Eesti_Rahvusfond, lk 30
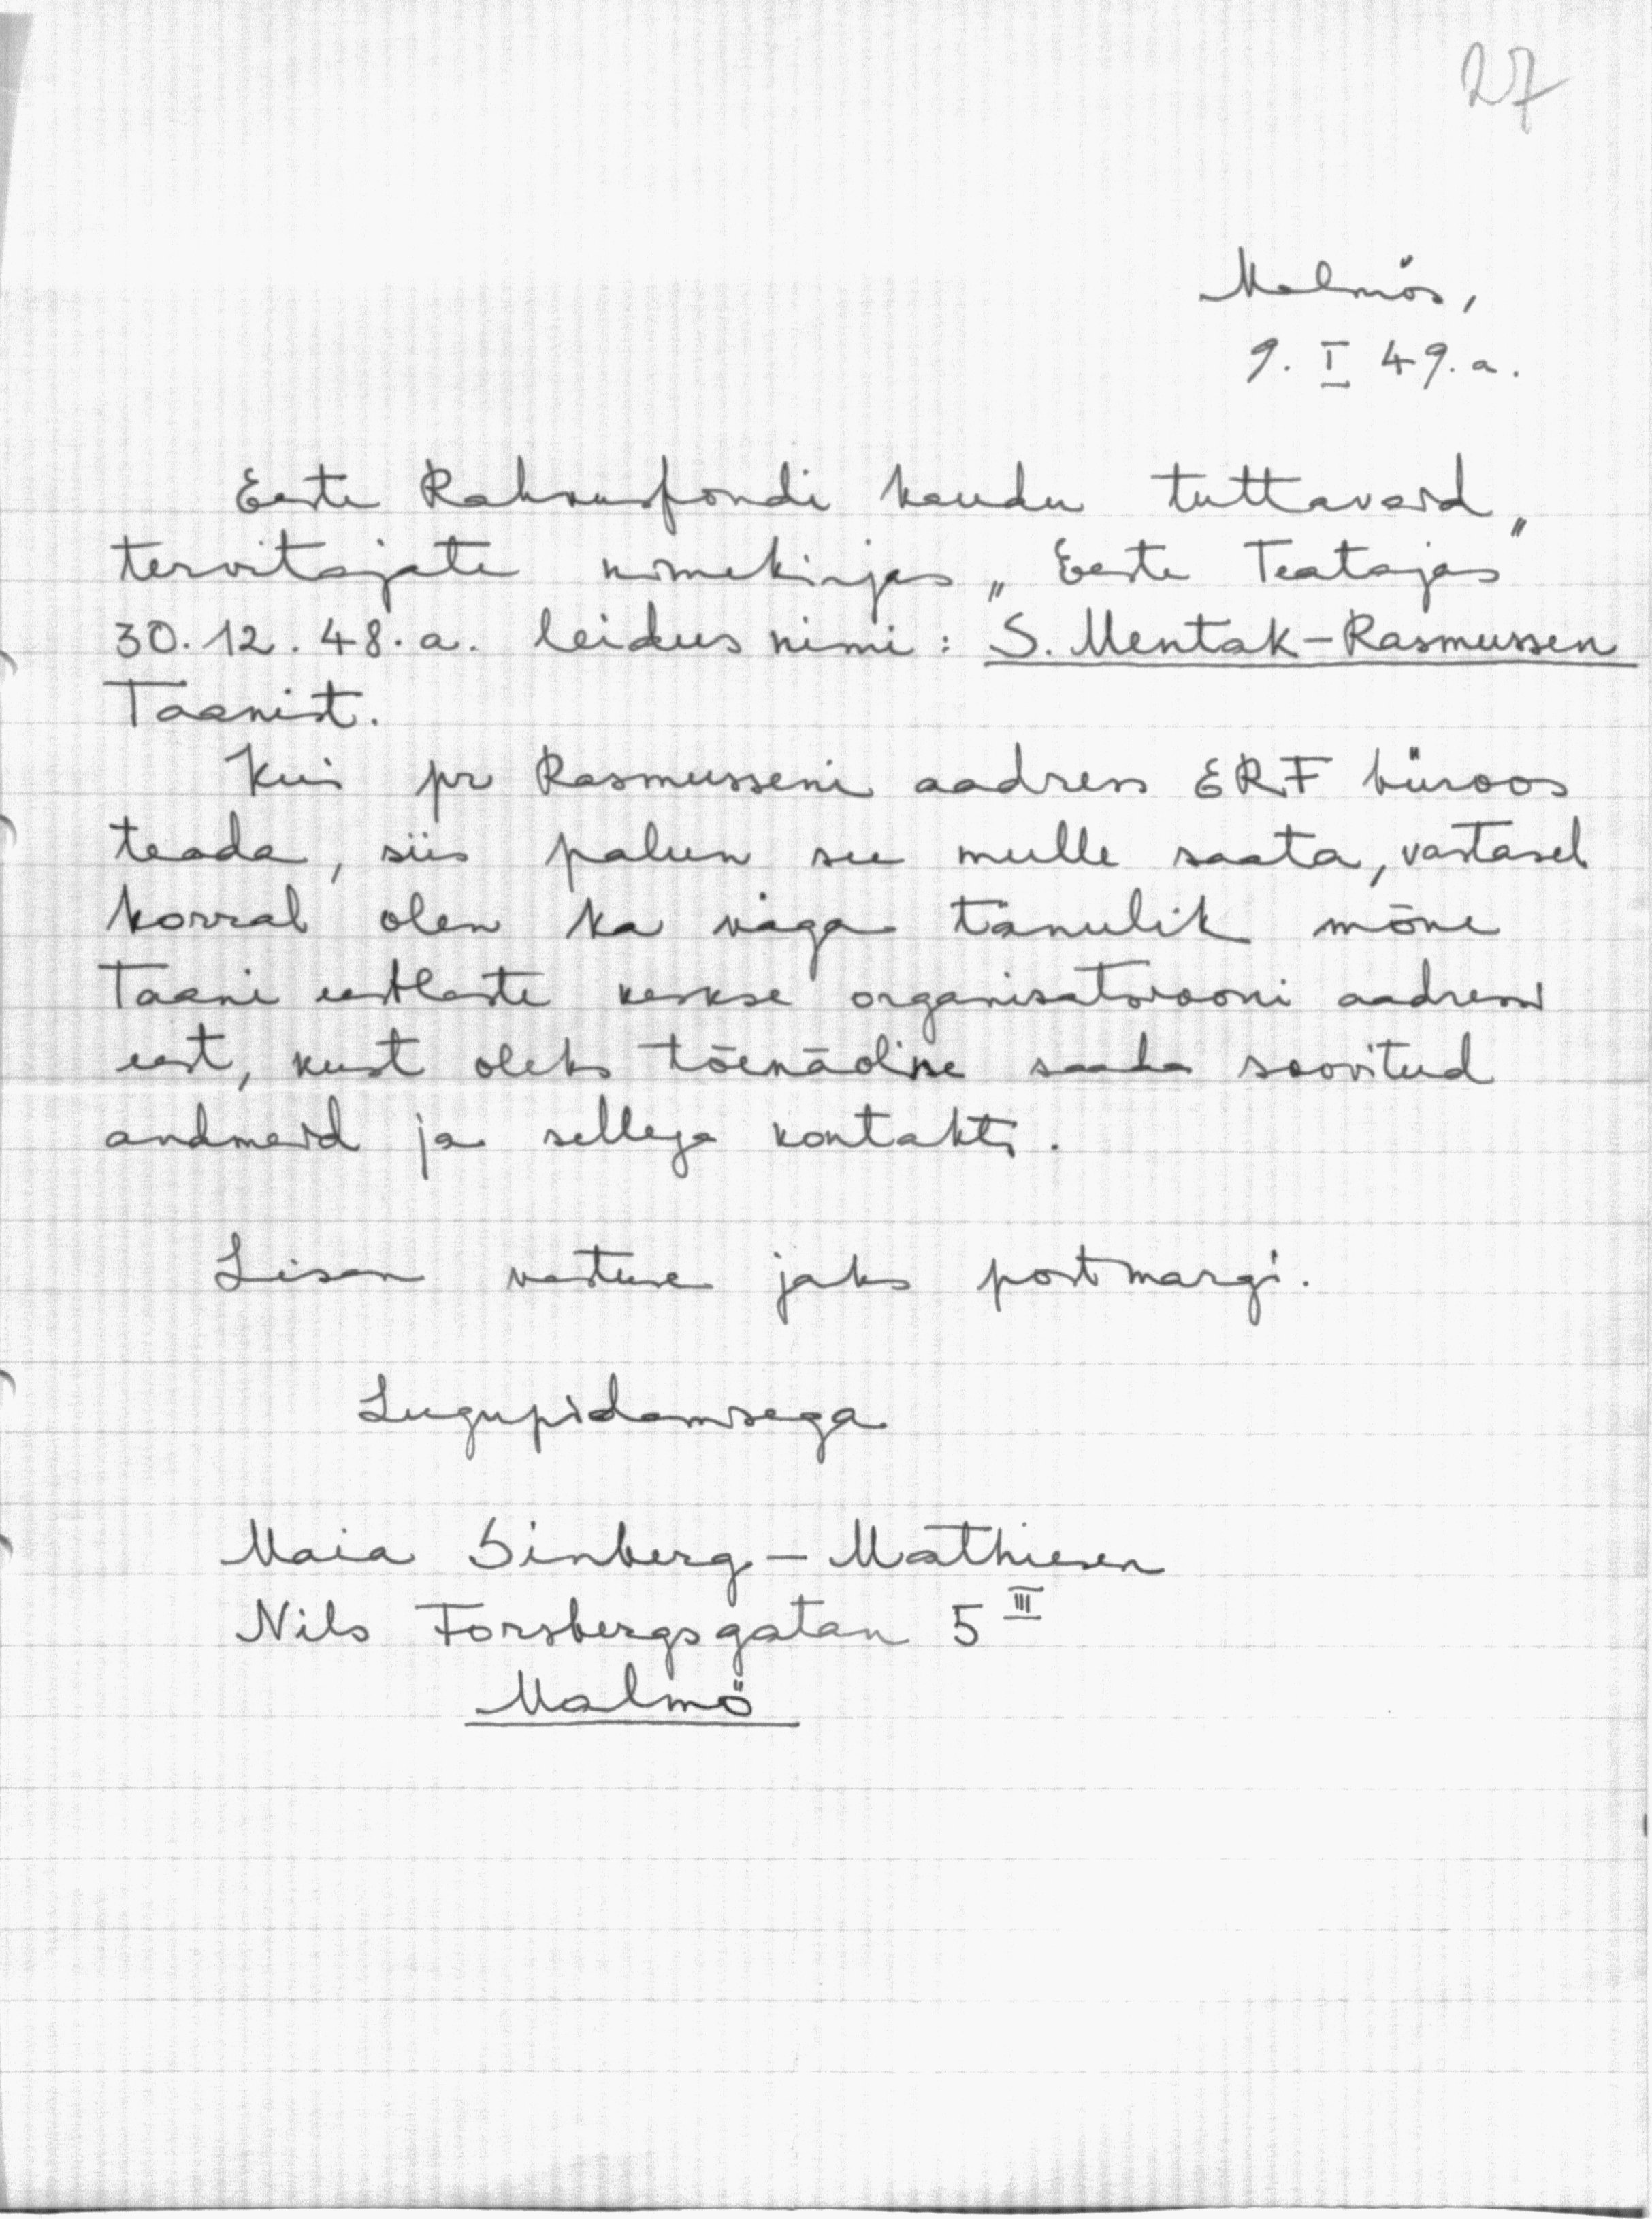
Malmös,
9. I 49. a.
Eesti Rahvusfondi kaudu tuttavaid
tervitajate nimekirjas "Eesti Teatajas"
30. 12. 48. a. leidus nimi: S. Mentak-Rasmussen.
Taanist
Kui pr Rasmusseni aadress ERF büroos
teada, siis palun see mulle saata, vastasel
korral olen ka väga tänulik mõne
Taani eestlaste keskse organisatsiooni aadressi
eest, kust oleks tõenäoline saada soovitud
andmeid ja sellega kontakti.
Lisan wastuse jaks postmargi
Lugupidamisega
Maia Sinberg - Mathiesen
Nils Forsbergsgatan 5 III
Malmö